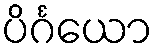
ပိင်္ဂယော